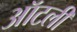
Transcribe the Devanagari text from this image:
ऑटली